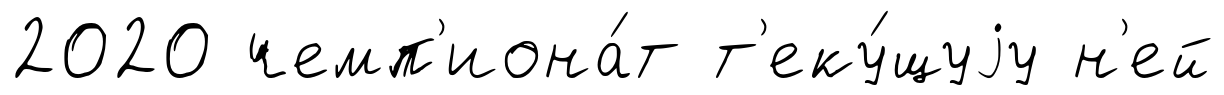
2020 чемп'иона́т т'еку́щуjу н'ей